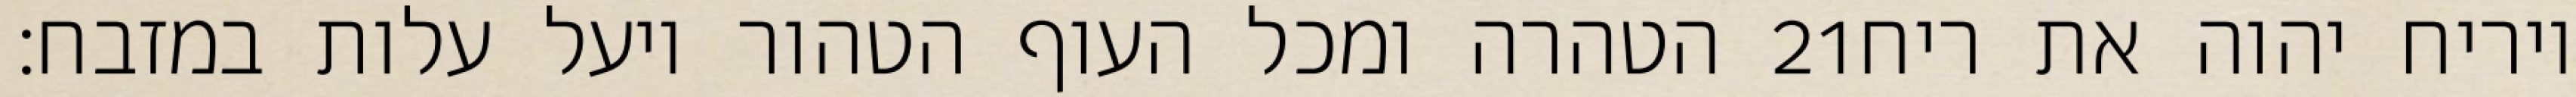
הטהרה ומכל העוף הטהור ויעל עלות במזבח׃ ‎21‏ ויריח יהוה את ריח